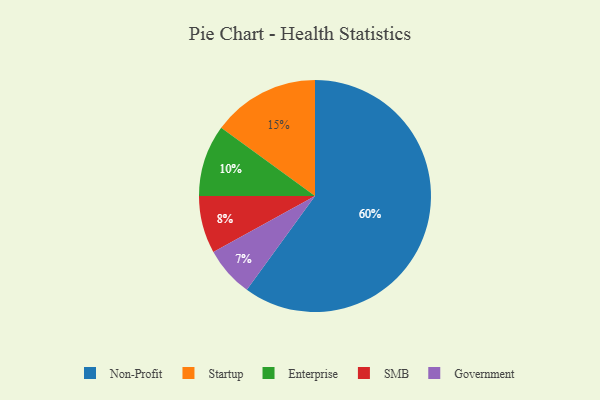
{"axis": {"x": "Category", "y": "Percentage"}, "legend": ["Enterprise", "Government", "Non-Profit", "SMB", "Startup"], "data": [{"x": "Startup", "y": 15, "type": "Startup"}, {"x": "Non-Profit", "y": 60, "type": "Non-Profit"}, {"x": "Government", "y": 7, "type": "Government"}, {"x": "SMB", "y": 8, "type": "SMB"}, {"x": "Enterprise", "y": 10, "type": "Enterprise"}]}